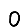
Digit: 0